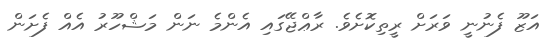
އަޒޫ ފެނުނީ ވަރަށް ރީތިކޮށެވެ. ރާޢްޖޭގައި އެންމެ ނަން މަޝްހޫރު އެއް ފެށަން